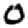
Digit: 0